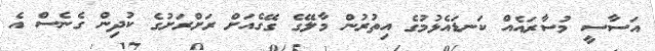
އަސާސީ މުސާރައެއް ކަނޑައެޅުމުގެ އިތުރުން މާލޭގެ ގޭގެއަށް ރަށްރަށުގެ ކުދިން ގެނެސް އެ